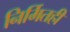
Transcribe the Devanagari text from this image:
निर्मितही